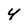
Character: 4